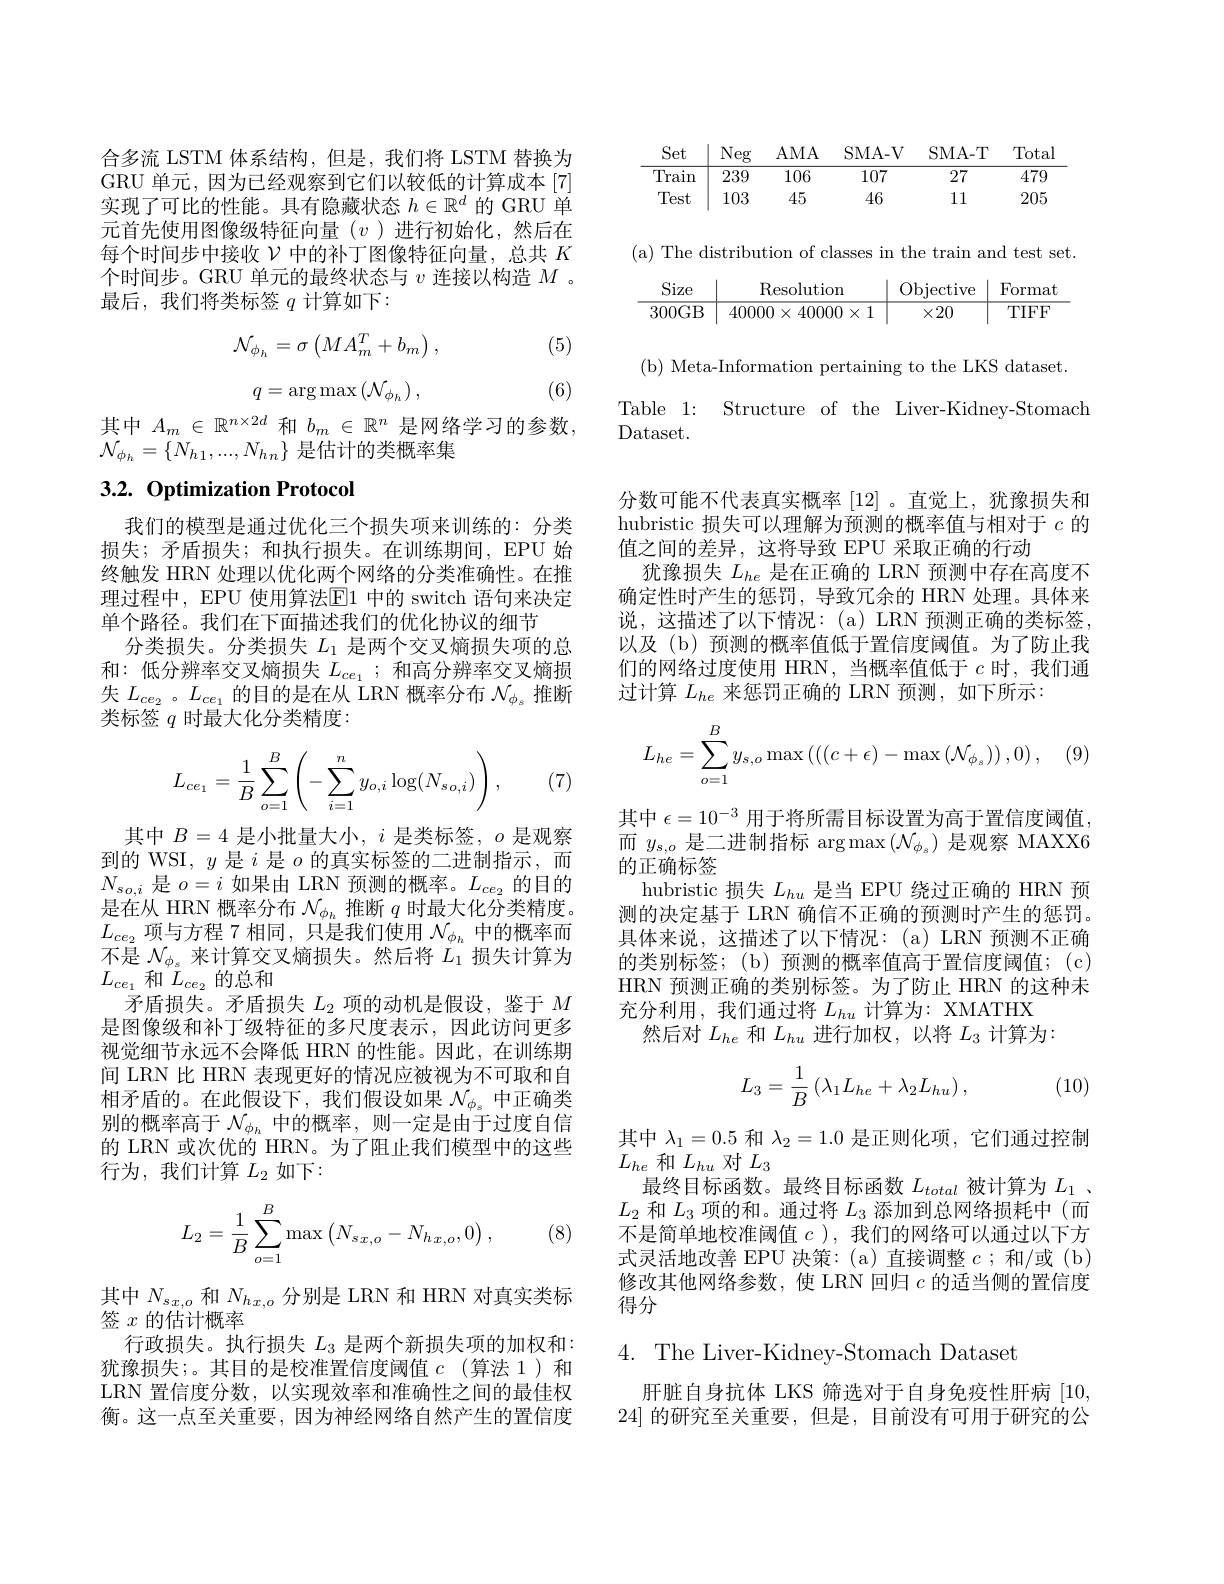
合多流 LSTM 体系结构，但是，我们将 LSTM 替换为GRU 单元，因为已经观察到它们以较低的计算成本[7] 实现了可比的性能。具有隐藏状态$h\in\mathbb{R}^d$的 GRU 单元首先使用图像级特征向量(v)进行初始化，然后在每个时间步中接收$\mathcal{V}$中的补丁图像特征向量，总共$K$ 个时间步。GRU 单元的最终状态与$v$连接以构造$M$ 。最后，我们将类标签$q$计算如下：

(5)
$$\mathcal{N}_{\phi_{h}}=\sigma\begin{pmatrix}MA_{m}^{T}+b_{m}\end{pmatrix},$$
$$q=\arg\max\left(\mathcal{N}_{\phi_{h}}\right),$$
(6)

其中$A_m\in\mathbb{R}^{n\times2d}$和$b_m\in\mathbb{R}^n$是网络学习的参数，
$\mathcal{N}_{\phi_h}=\{N_{h1},...,N_{hn}\}$是估计的类概率集

# 3.2. Optimization Protocol

我们的模型是通过优化三个损失项来训练的：分类损失；矛盾损失；和执行损失。在训练期间，EPU 始终触发 HRN 处理以优化两个网络的分类准确性。在推理过程中，EPU 使用算法$\overline{\mathrm{E}}$1 中的 switch 语句来决定单个路径。我们在下面描述我们的优化协议的细节
分类损失。分类损失$L_{1}$是两个交叉熵损失项的总和：低分辨率交叉熵损失$L_{ce_1}$ ;和高分辨率交叉熵损失$L_{ce_2}$。$L_ce_1$的目的是在从 LRN 概率分布$\mathcal{N}_\phi_s$推断类标签$q$时最大化分类精度：
$$L_{ce_1}=\dfrac{1}{B}\sum_{o=1}^{B}\left(-\sum_{i=1}^{n}y_{o,i}\log(N_{so,i})\right),$$
(7)

其中 $B=4$ 是小批量大小$,i$ 是类标签$,o$ 是观察到的 WSI, $y$是$i$是$o$的真实标签的二进制指示，而$N_{so,i}$是$o=i$如果由 LRN 预测的概率。$L_ce_2$的目的是在从 HRN 概率分布$\mathcal{N}_\phi_h$推断$q$时最大化分类精度。$L_{ce_2}$项与方程 7 相同，只是我们使用 $\mathcal{N}_\phi_h$ 中的概率而不是$\mathcal{N}_{\phi_{s}}$来计算交叉熵损失。然后将$\dot{L}_1$损失计算为$L_{ce_1}$ 和$L_ce_2$的总和
矛盾损失。矛盾损失$L_2$项的动机是假设，鉴于$M$ 是图像级和补丁级特征的多尺度表示，因此访问更多视觉细节永远不会降低 HRN 的性能。因此，在训练期间 LRN 比 HRN 表现更好的情况应被视为不可取和自相矛盾的。在此假设下，我们假设如果$\mathcal{N}_\phi_s$中正确类别的概率高于$\mathcal{N}_{\phi_h}$中的概率，则一定是由于过度自信的 LRN 或次优的 HRN。为了阻止我们模型中的这些行为，我们计算$L_2$如下：
$$L_2=\dfrac{1}{B}\sum_{o=1}^B\max\begin{pmatrix}N_{sx,o}-N_{hx,o},0\end{pmatrix},$$
(8)

其中$N_{sx,o}$和$N_{hx,o}$分别是 LRN 和 HRN 对真实类标
签$x$的估计概率
行政损失。执行损失$L_3$是两个新损失项的加权和： 犹豫损失；。其目的是校准置信度阈值$c$ (算法 1)和LRN 置信度分数，以实现效率和准确性之间的最佳权衡。这一点至关重要，因为神经网络自然产生的置信度

<table>
	<tbody>
		<tr>
			<th>Set</th>
			<th>Neg</th>
			<th>$AMA$</th>
			<th>SMA- V</th>
			<th>SMA- T</th>
			<th>Total</th>
		</tr>
		<tr>
			<td>Train</td>
			<td>239</td>
			<td>106</td>
			<td>107</td>
			<td>27</td>
			<td>479</td>
		</tr>
		<tr>
			<td>Test</td>
			<td>103</td>
			<td>45</td>
			<td>46</td>
			<td>111</td>
			<td>205</td>
		</tr>
	</tbody>
</table>

(b) Meta-Information pertaining to the LKS dataset
Table 1: Structure of the Liver-Kidney-Stomach
Dataset.

分数可能不代表真实概率[12] 。直觉上，犹豫损失和hubristic 损失可以理解为预测的概率值与相对于$c$的值之间的差异，这将导致 EPU 采取正确的行动
犹豫损失$L_{he}$是在正确的 LRN 预测中存在高度不确定性时产生的惩罚，导致冗余的 HRN 处理。具体来说，这描述了以下情况：(a)LRN预测正确的类标签， 以及(b)预测的概率值低于置信度阈值。为了防止我们的网络过度使用 HRN,当概率值低于$c$时，我们通过计算$L_he$来惩罚正确的 LRN 预测，如下所示：
$$L_{he}=\sum\limits_{o=1}^{B}y_{s,o}\max\left(\left(\left(c+\epsilon\right)-\max\left(\mathcal{N}_{\phi_{s}}\right)\right),0\right),$$
其中$\epsilon=10^{-3}$用于将所需目标设置为高于置信度阈值， 而$y_{s,o}$是二进制指标 arg$\max\left(\mathcal{N}_\phi_s\right)$是观察 MAXX6的正确标签
hubristic 损失$L_{hu}$是当 EPU 绕过正确的 HRN 预测的决定基于 LRN 确信不正确的预测时产生的惩罚。具体来说，这描述了以下情况：(a)LRN 预测不正确的类别标签；(b)预测的概率值高于置信度阈值；(c) HRN 预测正确的类别标签。为了防止 HRN 的这种未充分利用，我们通过将$L_hu$计算为：XMATHX
然后对$L_{he}$和$L_{hu}$进行加权，以将$L_3$计算为：
$$L_3=\frac{1}{B}\left(\lambda_1L_{he}+\lambda_2L_{hu}\right),$$
(10)

其中$\lambda_1=0.5$和$\lambda_2=1.0$是正则化项，它们通过控制
$L_{he}$和$L_hu$对$L_3$
最终目标函数。最终目标函数$L_{total}$被计算为$L_{1}$ 、 $L_2$和$L_3$项的和。通过将$L_3$添加到总网络损耗中(而不是简单地校准阈值$c$ ),我们的网络可以通过以下方式灵活地改善 EPU 决策：(a) 直接调整$c$ ;和/或 (b) 修改其他网络参数，使 LRN 回归$c$的适当侧的置信度得分

4. The Liver-Kidney-Stomach Dataset

肝脏自身抗体 LKS 筛选对于自身免疫性肝病[10, 24]的研究至关重要，但是，目前没有可用于研究的公